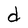
Character: d